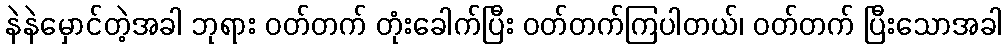
နဲနဲမှောင်တဲ့အခါ ဘုရား ဝတ်တက် တုံးခေါက်ပြီး ဝတ်တက်ကြပါတယ်၊ ဝတ်တက် ပြီးသောအခါ